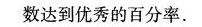
数达到优秀的百分率。